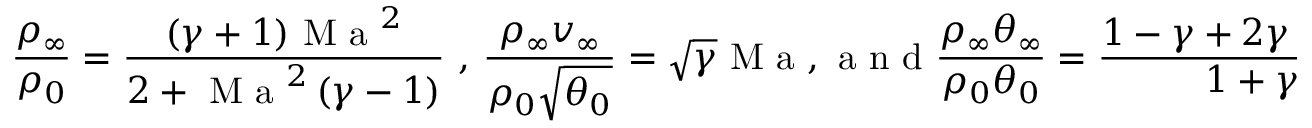
\frac { \rho _ { \infty } } { \rho _ { 0 } } = \frac { ( \gamma + 1 ) \mathrm { ~ M ~ a ~ } ^ { 2 } } { 2 + \mathrm { ~ M ~ a ~ } ^ { 2 } \left( \gamma - 1 \right) } \mathrm { ~ , ~ } \frac { \rho _ { \infty } v _ { \infty } } { \rho _ { 0 } \sqrt { \theta _ { 0 } } } = \sqrt { \gamma } \mathrm { ~ M ~ a ~ , ~ a ~ n ~ d ~ } \frac { \rho _ { \infty } \theta _ { \infty } } { \rho _ { 0 } \theta _ { 0 } } = \frac { 1 - \gamma + 2 \gamma \mathrm { ~ M ~ a ~ } ^ { 2 } } { 1 + \gamma }